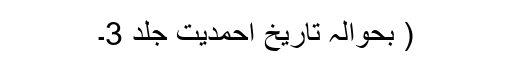
( بحوالہ تاریخ احمدیت جلد 3۔